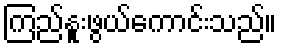
ကြည်နူးဖွယ်ကောင်းသည်။